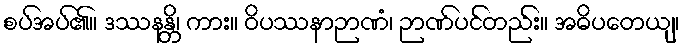
စပ်အပ်၏။ ဒဿနန္တိ၊ ကား။ ဝိပဿနာဉာဏံ၊ ဉာဏ်ပင်တည်း။ အဓိပတေယျ၊